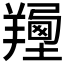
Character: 𦏍